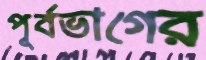
পূর্বভাগের